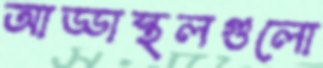
আড্ডাস্থলগুলো